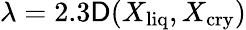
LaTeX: \lambda=2.3\mathsf{D}(X_{\mathrm{{liq}}},X_{\mathrm{{cry}}})